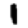
Digit: 1